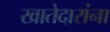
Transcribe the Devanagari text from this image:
खातेदारांना